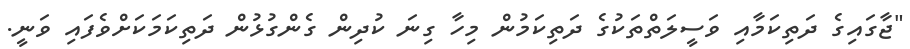
"ޖާގައިގެ ދަތިކަމާއި ވަސީލަތްތަކުގެ ދަތިކަމުން މިހާ ގިނަ ކުދިން ގެންގުޅުން ދަތިކަމަކަށްވެފައި ވަނީ.